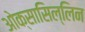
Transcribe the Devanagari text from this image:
ओक्सासिल्लिन